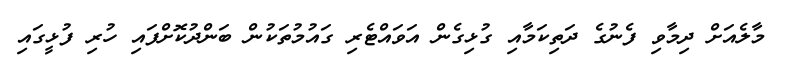
މާލެއަށް ދިމާވި ފެނުގެ ދަތިކަމާއި ގުޅިގެން އަވައްޓެރި ގައުމުތަކުން ބަންދުކޮށްފައި ހުރި ފުޅީގައި